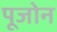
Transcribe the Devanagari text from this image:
पूजोन